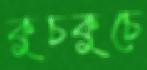
কুচকুচে